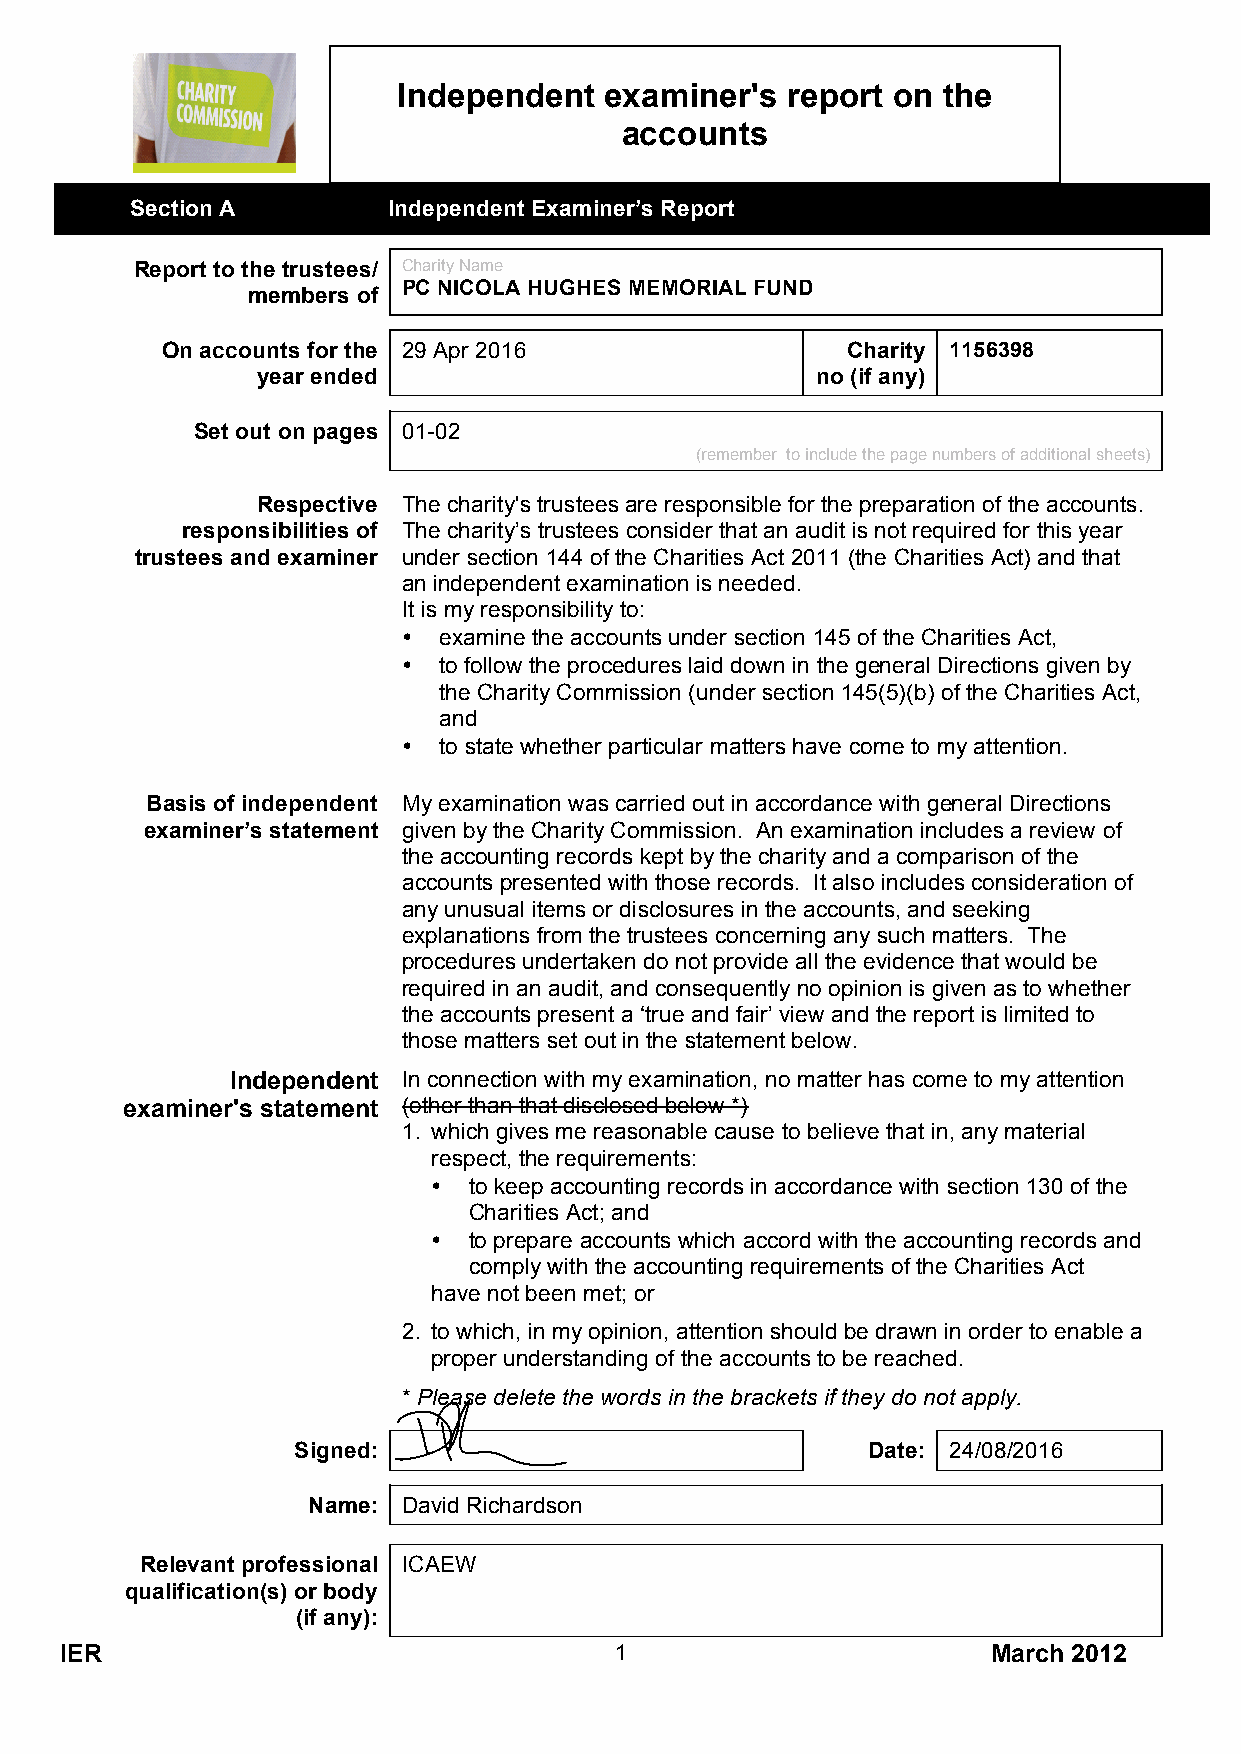
Independent   examiner's  report on the
 accounts
 Section A        Independent Examiner’s Report
 Report to the trustees/ Charity Name
 members of
 PC NICOLA HUGHES MEMORIAL FUND
 On accounts for the 29 Apr 2016              Charity 1156398
 year ended                           no (if any)
 Set out on pages 01-02
 (remember to include the page numbers of additional sheets)
 Respective The charity's trustees are responsible for the preparation of the accounts.
 responsibilities of The charity’s trustees consider that an audit is not required for this year
 trustees and examiner under section 144 of the Charities Act 2011 (the Charities Act) and that
 an independent examination is needed.
 It is my responsibility to:
 • examine the accounts under section 145 of the Charities Act,
 • to follow the procedures laid down in the general Directions given by
 the Charity Commission (under section 145(5)(b) of the Charities Act,
 and
 • to state whether particular matters have come to my attention.
 Basis of independent My examination was carried out in accordance with general Directions
 examiner’s statement given by the Charity Commission. An examination includes a review of
 the accounting records kept by the charity and a comparison of the
 accounts presented with those records. It also includes consideration of
 any unusual items or disclosures in the accounts, and seeking
 explanations from the trustees concerning any such matters. The
 procedures undertaken do not provide all the evidence that would be
 required in an audit, and consequently no opinion is given as to whether
 the accounts present a ‘true and fair’ view and the report is limited to
 those matters set out in the statement below.
 Independent In connection with my examination, no matter has come to my attention
 examiner's statement (other than that disclosed below *)
 1. which gives me reasonable cause to believe that in, any material
 respect, the requirements:
 • to keep accounting records in accordance with section 130 of the
 Charities Act; and
 • to prepare accounts which accord with the accounting records and
 comply with the accounting requirements of the Charities Act
 have not been met; or
 2. to which, in my opinion, attention should be drawn in order to enable a
 proper understanding of the accounts to be reached.
 * Please delete the words in the brackets if they do not apply.
 Signed:                               Date: 24/08/2016
 Name:  David Richardson
 Relevant professional ICAEW
 qualification(s) or body
 (if any):
 IER                                  1                        March 2012